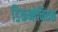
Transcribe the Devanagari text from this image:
डिकनोनियस